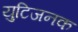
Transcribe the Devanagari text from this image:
युटिजनक